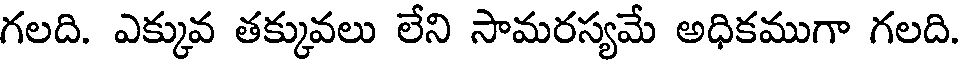
గలది. ఎక్కువ తక్కువలు లేని సామరస్యమే అధికముగా గలది.